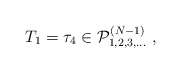
\begin{align*}T_1 = \tau_4 \in {\cal P}_{1,2,3,\ldots}^{(N-1)} \ ,\end{align*}